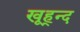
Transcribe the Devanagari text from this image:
खूह्न्द